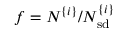
f = N ^ { \{ i \} } / N _ { \mathrm { s d } } ^ { \{ i \} }